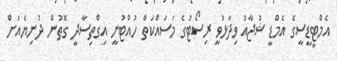
އެމްޓީޑީސީގެ އެމްޑީ ޝުޖާއު ވިދާޅުވީ ރިސޯޓުގެ މަސައްކަތް ހުއްޓުނީ އިގްތިސާދީ ގޮތުން ދުނިޔެއަށް